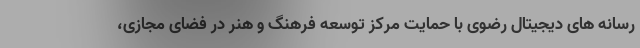
رسانه های دیجیتال رضوی با حمایت مرکز توسعه فرهنگ و هنر در فضای مجازی،